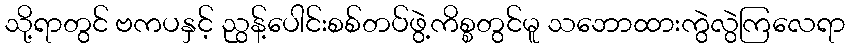
သို့ရာတွင် ဗကပနှင့် ညွန့်ပေါင်းစစ်တပ်ဖွဲ့ကိစ္စတွင်မူ သဘောထားကွဲလွဲကြလေရာ